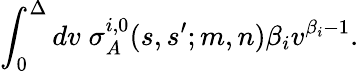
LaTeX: \int_{0}^{\Delta}dv\; \sigma_{A}^{i,0}(s,s^{\prime};m,n)\beta_{i}v^{\beta_{i}-1}.